Annual statistical returns and brief notes on vaccination in Bengal - 1909-1929
Year: 1909
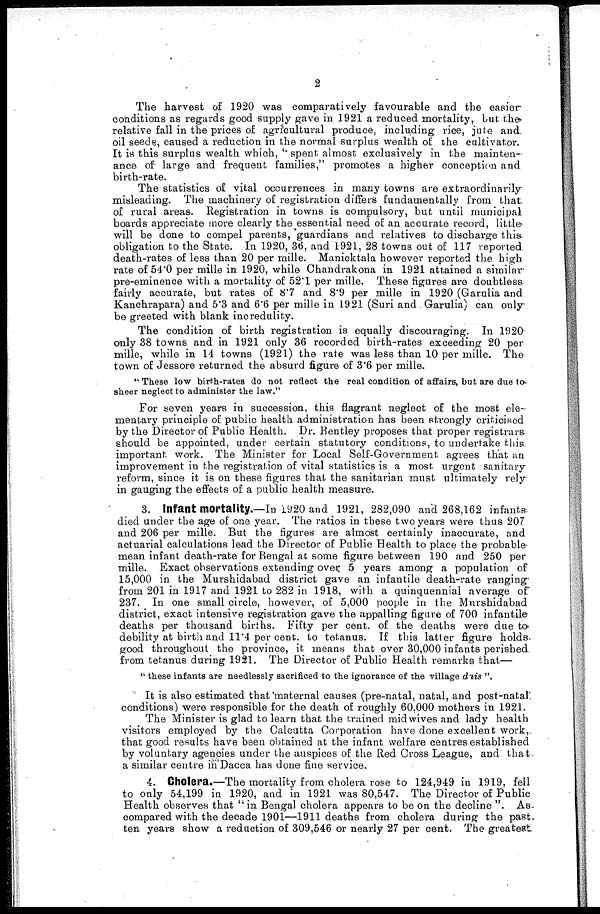
2
The harvest of 1920 was comparatively favourable and the easier
conditions as regards good supply gave in 1921 a reduced mortality, but the
relative fall in the prices of agricultural produce, including rice, jute and
oil seeds, caused a reduction in the normal surplus wealth of the cultivator.
It is this surplus wealth which, '' spent almost exclusively in the mainten-
ance of large and frequent families," promotes a higher conception and
birth-rate.
The statistics of vital occurrences in many towns are extraordinarily
misleading. The machinery of registration differs fundamentally from that
of rural areas. Registration in towns is compulsory, but until municipal
boards appreciate more clearly the essential need of an accurate record, little
will be done to compel parents, guardians and relatives to discharge this
obligation to the State. In 1920, 36, and 1921, 28 towns out of 117 reported
death-rates of less than 20 per mille. Manicktala however reported the high
rate of 54.0 per mille in 1920, while Chandrakona in 1921 attained a similar
pre-eminence with a mortality of 52.1 per mille. These figures are doubtless
fairly accurate, but rates of 8.7 and 8.9 per mille in 1920 (Garulia and
Kanchrapara) and 5.3 and 6.6 per mille in 1921 (Suri and Garulia) can only
be greeted with blank incredulity.
The condition of birth registration is equally discouraging. In 1920
only 38 towns and in 1921 only 36 recorded birth-rates exceeding 20 per
mille, while in 14 towns (1921) the rate was less than 10 per mille. The
town of Jessore returned the absurd figure of 3.6 per mille.
'' These low birth-rates do not reflect the real condition of affairs, but are due to
sheer neglect to administer the law."
For seven years in succession, this flagrant neglect of the most ele-
mentary principle of public health administration has been strongly criticised
by the Director of Public Health. Dr. Bentley proposes that proper registrars
should be appointed, under certain statutory conditions, to undertake this
important work. The Minister for Local Self-Government agrees that an
improvement in the registration of vital statistics is a most urgent sanitary
reform, since it is on these figures that the sanitarian must ultimately rely
in gauging the effects of a public health measure.
3. Infant mortality.—In 1920 and 1921, 282,090 and 268,162 infants
died under the age of one year. The ratios in these two years were thus 207
and 206 per mille. But the figures are almost certainly inaccurate, and
actuarial calculations lead the Director of Public Health to place the probable
mean infant death-rate for Bengal at some figure between 190 and 250 per
mille. Exact observations extending over 5 years among a population of
15,000 in the Murshidabad district gave an infantile death-rate ranging
from 201 in 1917 and 1921 to 282 in 1918, with a quinquennial average of
237. In one small circle, however, of 5,000 people in the Murshidabad
district, exact intensive registration gave the appalling figure of 700 infantile
deaths per thousand births. Fifty per cent. of the deaths were due to
debility at birth and 11.4 per cent. to tetanus. If this latter figure holds
good throughout the province, it means that over 30,000 infants perished
from tetanus during 1921. The Director of Public Health remarks that—
" these infants are needlessly sacrificed to the ignorance of the village dais ".
It is also estimated that maternal causes (pre-natal, natal, and post-natal
conditions) were responsible for the death of roughly 60,000 mothers in 1921.
The Minister is glad to learn that the trained mid wives and lady health
visitors employed by the Calcutta Corporation have done excellent work,
that good results have been obtained at the infant welfare centres established
by voluntary agencies under the auspices of the Red Cross League, and that
a similar centre in Dacca has done fine service.
4. Cholera.—The mortality from cholera rose to 124,949 in 1919, fell
to only 54,199 in 1920, and in 1921 was 80,547. The Director of Public
Health observes that " in Bengal cholera appears to be on the decline ". As-
compared with the decade 1901—1911 deaths from cholera during the past.
ten years show a reduction of 309,546 or nearly 27 per cent. The greatest